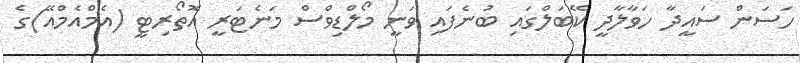
ހަސަން ސައީދާ ހަވާލާދީ ކޭބަލްގައި ބުނެފައި ވަނީ މޯލްޑިވްސް މަނެޓަރީ އޮތޯރިޓީ (އެމްއެމްއޭ)ގެ